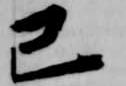
己